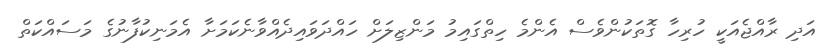
އަދި ރާއްޖެއަކީ ހުރިހާ ގޮތަކުންވެސް އެންމެ ހިތްގައިމު މަންޒިލަށް ހައްދަވައިދެއްވާނެކަމަށާ އެމަނިކުފާނުގެ މަސައްކަތް